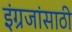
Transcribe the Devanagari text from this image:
इंग्रजांसाठी